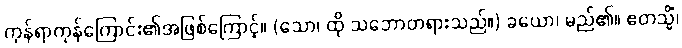
ကုန်ရာကုန်ကြောင်း၏အဖြစ်ကြောင့်။ (သော၊ ထို သဘောတရားသည်။) ခယော၊ မည်၏။ ဧတသ္မိံ၊